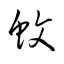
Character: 蚊